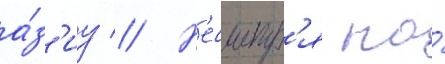
а́з'иу // Н'есмотр'я на́